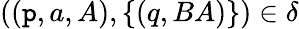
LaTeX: ((\mathtt{p},a,A),\{ (q,BA)\} )\in\delta